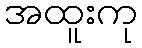
အထူးကု